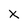
Character: X